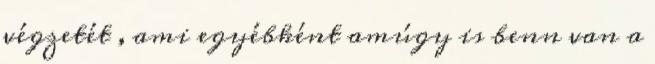
végzetét , ami egyébként amúgy is benn van a